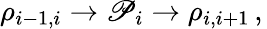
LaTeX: \rho_{i-1,i}\rightarrow\mathscr{P}_{i}\rightarrow\rho_{i,i+1}\, ,\,